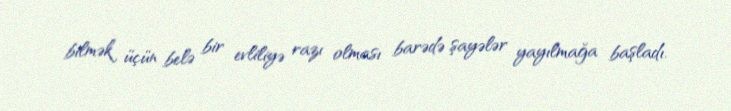
bilmək üçün belə bir evliliyə razı olması barədə şayələr yayılmağa başladı.